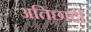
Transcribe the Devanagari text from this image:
अतिछादी